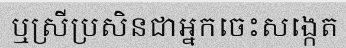
ឬស្រីប្រសិនជាអ្នកចេះសង្កេត